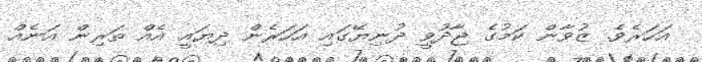
އަހަރެވެ. ޒުވާން ކަމުގެ ޖާދުވީ ދުނިޔޭގައި އަހަރެން ދިޔައީ އެއް ތަރިން އަނެއް